Report on plague in the Punjab from October 1st ... to September 30th ..., being the ... season of plague in the province
Disease focus: Plague
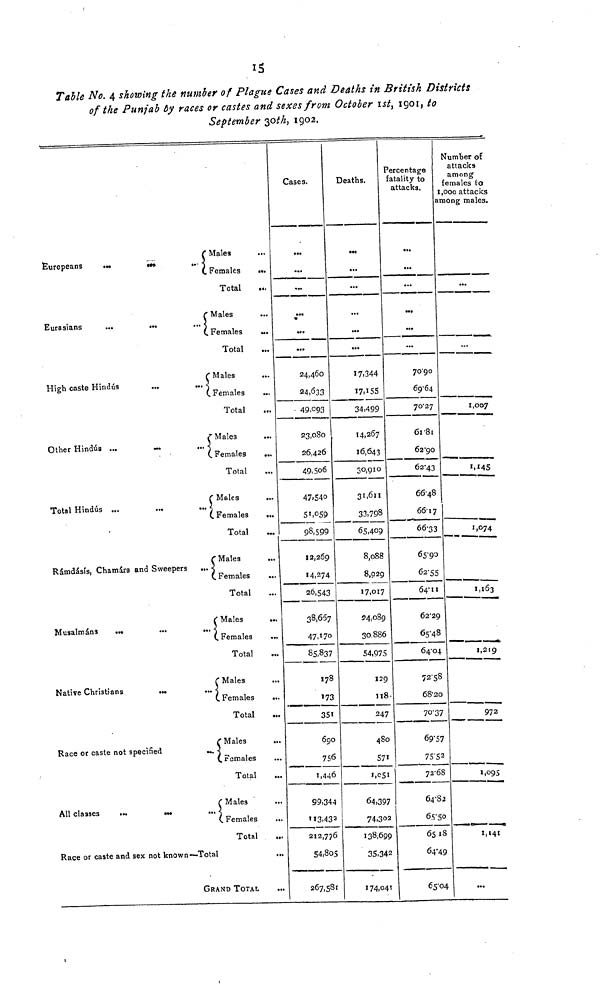
15
Table No. 4 showing the number of Plague Cases and Deaths in British Districts
of the Punjab by races or castes and sexes from October Ist, 1901, to
September 30th, 1902.
Males
Europeans
Females
Total
Males
Eurasians
Females
Total
Males
••
High caste Hindus
...
Females
.
Total
Males
Other Hindus ...
—
••• )Females
•
Total
Males
Total Hindus
Females
Total
Males
Rámdásís, Chamárs and Sweepers ... Femaleg
Total
f Males
Musalmáns
(Females
Total
Males
Native Christians
{. Females
Total
Males
Race or caste not specified
remales
Total
Males
All classes
Females
Total
Race or caste and sex not known—Total
GRAND TOTAL
Cases.
...
..V
*
24,460
24,033
49,093
23,080
26,426
49,506
47.540
5'.°59
98,599
12,269
4,274
26,543
38,607
...
47,170
85,837
178
173
351
690
756
...
1,446
99,344
'Ï3.43 3
...
212,776
54,805
267,581
Deaths.
...
...
...
...
17,344
34,4991
14,267
16,643
30,910
31,611
33,798
65,409
8,088
8,029
17,017
54,089
30,886
54,975
129
118
247
4S0
571
»,c5i
64,397
74,302
138,699
35.342
174,041
.
Percentage fatality to
attacks.
...
...
...
...
...
...
7090
69"64
70- 27
6r8i
62*90
62 # 43
66-48
66-17 1
66-33
65'93
62-55
—
64 11
62-29
65-48 _
64-04 |
72-S8
68-20
70-37
69-57
7552
72 68
64 82
65 50
65 18
64 49
65 04
Number of
attacks
among
females to
1,000 attacks
among males.
m
,
..
I,OO7
I. MS
1,074
I,l63
1,219
972
i!°9S
1,141
!..
..-